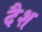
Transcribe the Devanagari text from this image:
दैश